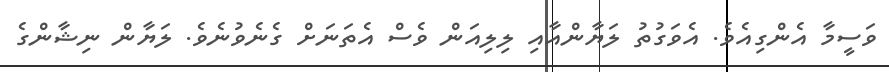
ވަސީމާ އެންގިއެވެ. އެވަގުތު ލަޔާންއާއި ލިލިއަން ވެސް އެތަނަށް ގެނެވުނެވެ. ލަޔާން ނިޝާންގެ